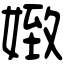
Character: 𡟹